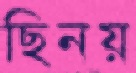
ছিনয়